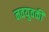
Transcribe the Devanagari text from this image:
नवयुवकी